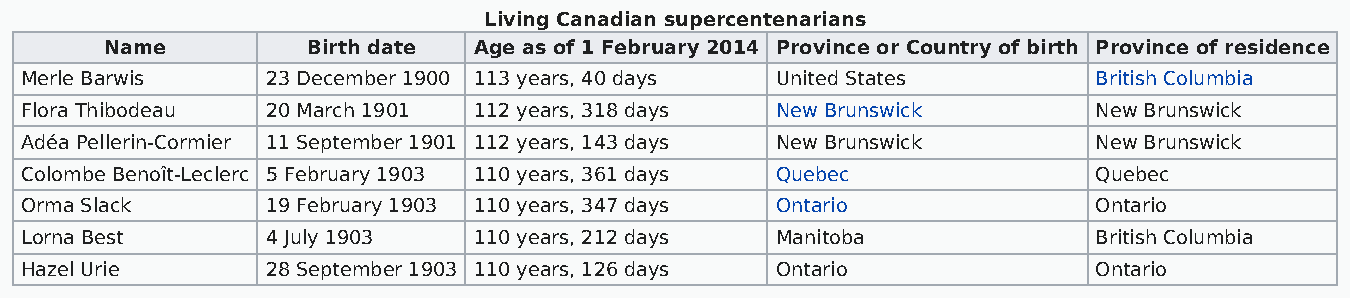
Living Canadian supercentenarians
 Name         Birth date Age as of 1 February 2014 Province or Country of birth Province of residence
 Merle Barwis     23 December 1900 113 years, 40 days United States      British Columbia
 Flora Thibodeau  20 March 1901 112 years, 318 days New Brunswick        New Brunswick
 Adéa Pellerin-Cormier 11 September 1901 112 years, 143 days New Brunswick New Brunswick
 Colombe Benoît-Leclerc 5 February 1903 110 years, 361 days Quebec       Quebec
 Orma Slack       19 February 1903 110 years, 347 days Ontario           Ontario
 Lorna Best       4 July 1903  110 years, 212 days Manitoba              British Columbia
 Hazel Urie       28 September 1903 110 years, 126 days Ontario          Ontario